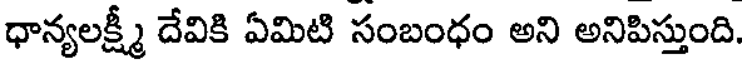
ధాన్యలక్ష్మీ దేవికి ఏమిటి సంబంధం అని అనిపిస్తుంది.